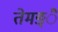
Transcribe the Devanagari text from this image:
तेमङ्ै